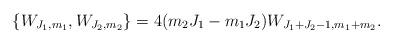
LaTeX: \begin{align*}\{W_{J_{1},m_{1}},W_{J_{2},m_{2}}\}=4(m_{2}J_{1}-m_{1}J_{2})W_{J_{1}+J_{2}-1,m_{1}+m_{2}} . \end{align*}